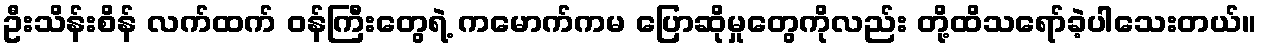
ဦးသိန်းစိန် လက်ထက် ဝန်ကြီးတွေရဲ့ ကမောက်ကမ ပြောဆိုမှုတွေကိုလည်း တို့ထိသရော်ခဲ့ပါသေးတယ်။